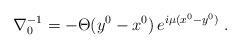
LaTeX: \begin{align*}\nabla_0^{-1} = - \Theta (y^0-x^0 ) \, e^{i\mu (x^0-y^0)}\; .\end{align*}